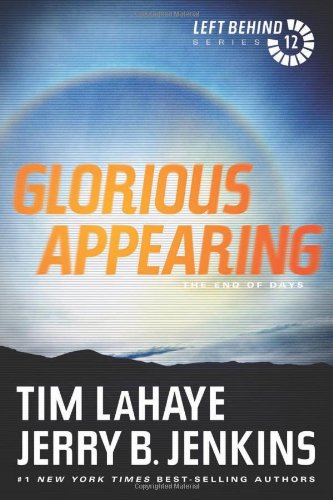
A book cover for Glorious Appearing: The End of Days (Left Behind); Tim LaHaye; Christian Books & Bibles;